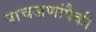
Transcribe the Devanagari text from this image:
पाचजणांपैकी